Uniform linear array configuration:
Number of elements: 32
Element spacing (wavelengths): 0.75
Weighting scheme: binomial
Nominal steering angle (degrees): -45
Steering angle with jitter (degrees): -44.883
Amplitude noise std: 0.05
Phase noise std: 0.05

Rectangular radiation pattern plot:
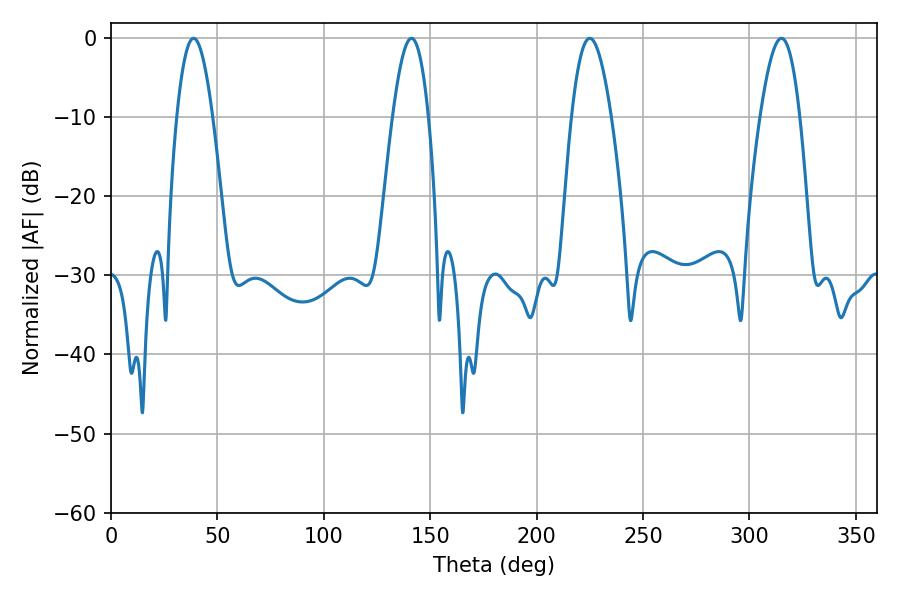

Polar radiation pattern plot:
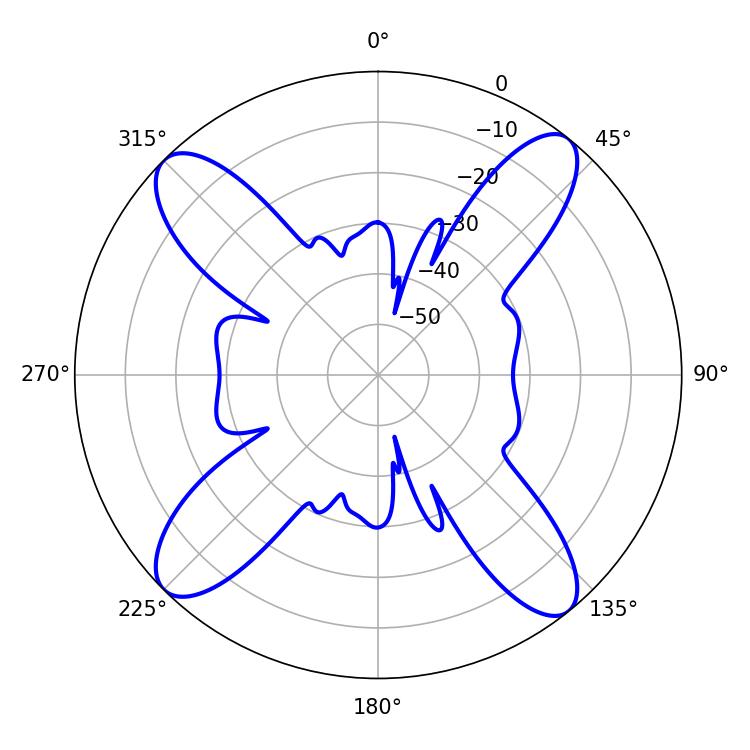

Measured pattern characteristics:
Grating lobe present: TRUE
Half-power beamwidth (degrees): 10.08
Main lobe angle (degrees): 225